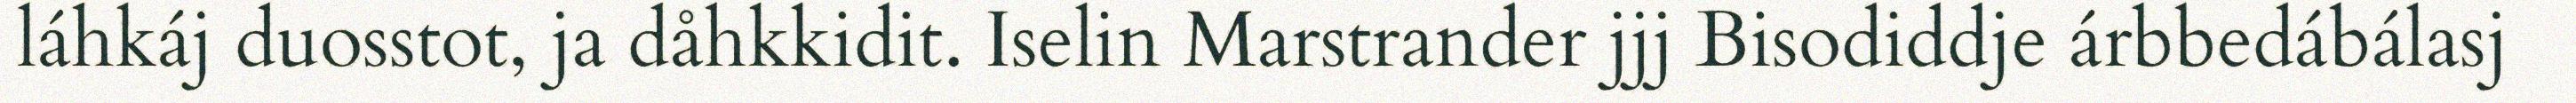
láhkáj duosstot, ja dåhkkidit. Iselin Marstrander jjj Bisodiddje árbbedábálasj